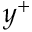
y ^ { + }